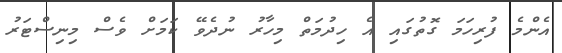
އެންމެ ފުރިހަމަ ގޮތުގައި އެ ހިދުމަތް މިހާރު ނުދެވޭ ކަމަށް ވެސް މިނިސްޓަރު